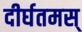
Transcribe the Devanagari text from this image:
दीर्घतमस्‌